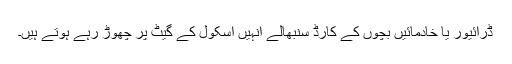
ڈرائیور یا خادمائیں بچوں کے کارڈ سنبھالے انہیں اسکول کے گیٹ پر چھوڑ رہے ہوتے ہیں۔